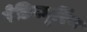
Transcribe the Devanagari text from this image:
पेडिक्यूरिंग